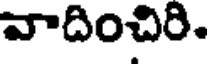
వాదించిరి.